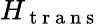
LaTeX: H_{\mathrm{~t~r~a~n~s~}}